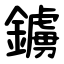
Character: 鐪